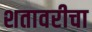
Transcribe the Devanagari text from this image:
शतावरीचा